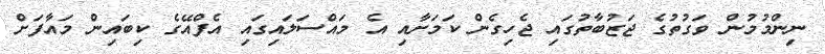
ނިންމުމުން ވަގުތުގެ ޖަޒުބާތުގައި ޖެހިގެން ކަމަށާއި އެ މައްސަލައިގައި އެފްއޭގެ ކިބައިން މައާފަށް